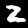
Label: 2